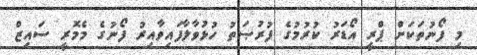
މި ފޯނުތަކަށް ޕްރީ އޯޑަރު ކުރުމުގެ ފުރުޞަތު ހުޅުވާލާފައިވާއިރު ފޯނުގެ މެމޮރީ ސައިޒް